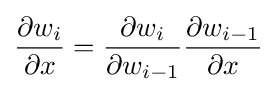
{\frac {\partial w_{i}}{\partial x}}={\frac {\partial w_{i}}{\partial w_{i-1}}}{\frac {\partial w_{i-1}}{\partial x}}